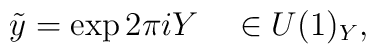
\tilde{y} = \exp 2\pi i Y   \ \ \ \in U(1)_Y,